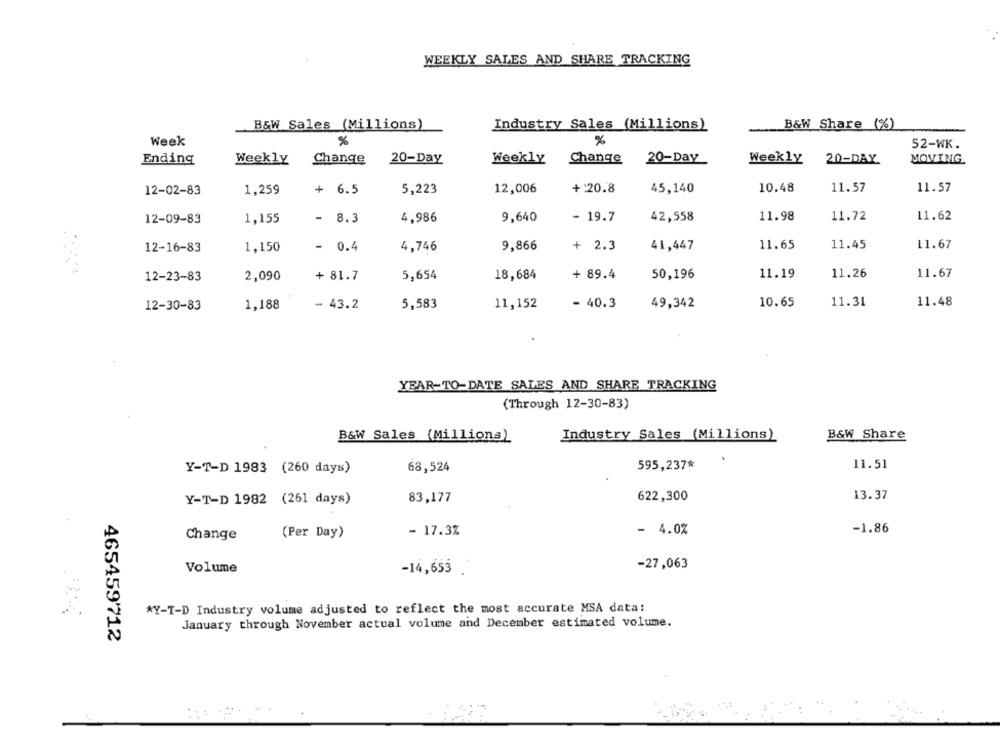
WEEKLY SALES AND SHARE TRACKING
B&W Sales (Millions)
Industry Sales (Millions)
B&W Share (%)
Week
%
%
52-WK.
Ending
Weekly
Change
20-Day
Weekly
Change
20-Day
Weekly
20-DAY
MOVING.
+:20.8
10.48
12-02-83
1,259
+
6.5
5,223
12,006
45,140
11.57
11.57
4,986
9,640
- 19.7
42,558
11.98
11.72
11.62
12-09-83
1,155
- 8.3
12-16-83
1,150
- 0.4
4,746
9,866
+ 2.3
41,447
11.65
11.45
11.67
2,090
+ 81.7
5,654
18,684
+ 89.4
50,196
11.19
11.26
11.67
12-23-83
12-30-83
1,188
- 43.2
5,583
11,152
- 40.3
49,342
10.65
11.31
11.48
YEAR-TO-DATE SALES AND SHARE TRACKING
(Through 12-30-83)
B&W Sales (Millions)
Industry Sales (Millions)
B&W Share
.
595,237*
11.51
Y-T-D 1983 (260 days)
68,524
13.37
Y-T-D 1982 (261 days)
83,177
622,300
- 17.3%
- 4.0%
-1.86
Change
(Per Day)
Volume
-14,653
-27,063
*Y-T-D Industry volume adjusted to reflect the most accurate MSA data:
January through November actual volume and December estimated volume.
465459712